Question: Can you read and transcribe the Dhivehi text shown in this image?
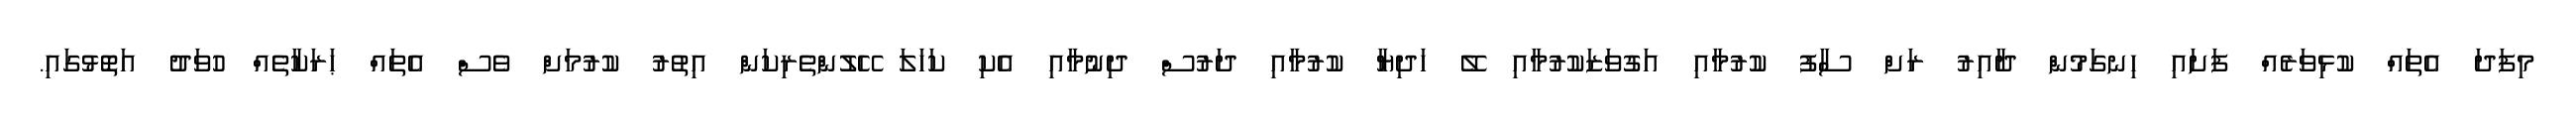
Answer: މިފަދަ އެތައް ކުޅިވަރެއް ފަށައި ހިނގަމުން ދާއިރު ރަށް ސާފު ކުރުމާއި އަގުވަޒަކުރުމާއި ލޭ ހަދިޔާ ކުރުމާއި ދަރުސް ދިނުމާއި އެކި ކަހަލަ ހޭލުންތެރިކަން އިތުރު ކުރުމަށް ވެސް އެތައް ޙަރަކާތެއް ހުވަދު އަތޮޅުގައި.